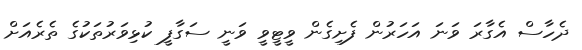
ދެހާސް އެގާރަ ވަނަ އަހަރުން ފެށިގެން ވީޓީވީ ވަނީ ސަގާފީ ކުޅިވަރުތަކުގެ ތެރެއަށް